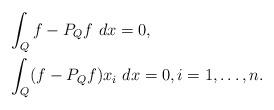
LaTeX: \begin{align*}&\int_Q f-P_Qf\ dx =0,\\&\int_Q (f-P_Qf)x_i\ dx =0,i=1,\dots,n.\end{align*}